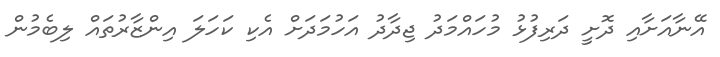
އޭނާއަށާއި ދޮށީ ދަރިފުޅު މުހައްމަދު ޖިދާދު އަހުމަދަށް އެކި ކަހަލަ އިންޒާރުތައް ލިބެމުން